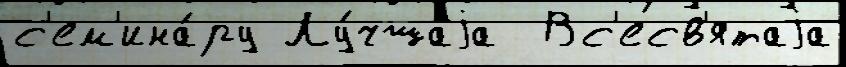
с'ем'ина́ру Лу́чшаjа  Вс'есв'ятаjа